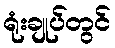
ရုံးချုပ်တွင်